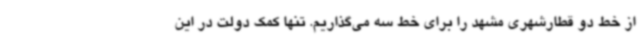
از خط دو قطارشهری مشهد را برای خط سه می‌گذاریم. تنها کمک دولت در این